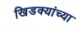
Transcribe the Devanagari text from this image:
खिडक्यांच्या